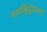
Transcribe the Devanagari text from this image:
नकश्चिद्वेदकर्ता